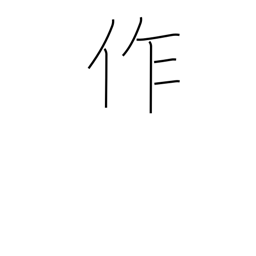
Meaning: make